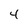
Character: 4